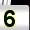
Digit: 5